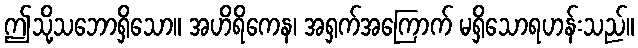
ဤသို့သဘောရှိသော။ အဟိရိကေန၊ အရှက်အကြောက် မရှိသောရဟန်းသည်။